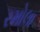
રમોલા